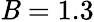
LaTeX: \mathit{B}=1.3